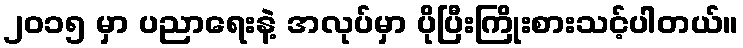
၂၀၁၅ မှာ ပညာရေးနဲ့ အလုပ်မှာ ပိုပြီးကြိုးစားသင့်ပါတယ်။